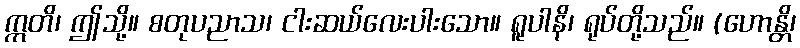
ဣတိ၊ ဤသို့။ စတုပညာသ၊ ငါးဆယ်လေးပါးသော။ ရူပါနိ၊ ရုပ်တို့သည်။ (ဟောန္တိ၊